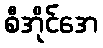
စီအိုင်အေ